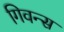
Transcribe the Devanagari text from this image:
गिवन्स